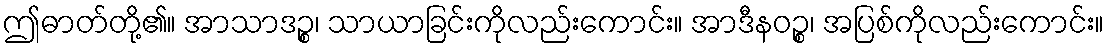
ဤဓာတ်တို့၏။ အာသာဒဉ္စ၊ သာယာခြင်းကိုလည်းကောင်း။ အာဒီနဝဉ္စ၊ အပြစ်ကိုလည်းကောင်း။